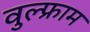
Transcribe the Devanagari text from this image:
वुल्फ्राम